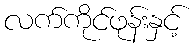
လက်ကိုင်ဖုန်းနှင့်